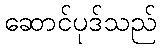
ဆောင်ပုဒ်သည်